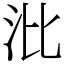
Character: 沘